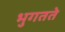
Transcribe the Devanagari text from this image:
भुगतते